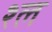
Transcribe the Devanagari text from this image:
श्‍ल